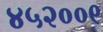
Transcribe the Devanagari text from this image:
४५२००९